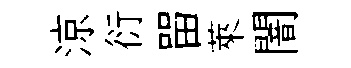
涼衍㽞萊闇